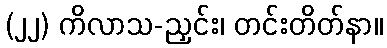
(၂၂) ကိလာသ-ညှင်း၊ တင်းတိတ်နာ။